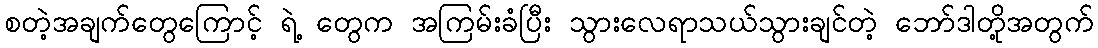
စတဲ့အချက်တွေကြောင့် ရဲ့ တွေက အကြမ်းခံပြီး သွားလေရာသယ်သွားချင်တဲ့ ဘော်ဒါတို့အတွက်